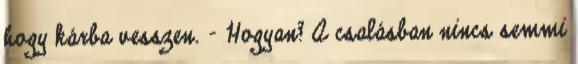
hogy kárba vesszen. - Hogyan? A csalásban nincs semmi